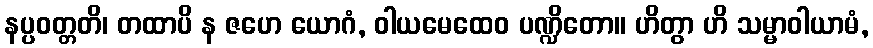
နပ္ပဝတ္တတိ၊ တထာပိ န ဇဟေ ယောဂံ, ဝါယမေထေဝ ပဏ္ဍိတော။ ဟိတွာ ဟိ သမ္မာဝါယာမံ,